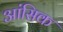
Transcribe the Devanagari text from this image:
आंसिक